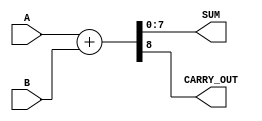
module ParameterizedAdder #(parameter WIDTH = 8) (
    input  [WIDTH-1:0] A,       // Input A
    input  [WIDTH-1:0] B,       // Input B
    output [WIDTH-1:0] SUM,      // Output SUM
    output CARRY_OUT             // Carry Out
);

    // Behavioral description of the adder
    assign {CARRY_OUT, SUM} = A + B;  // Assign the sum and carry out

endmodule